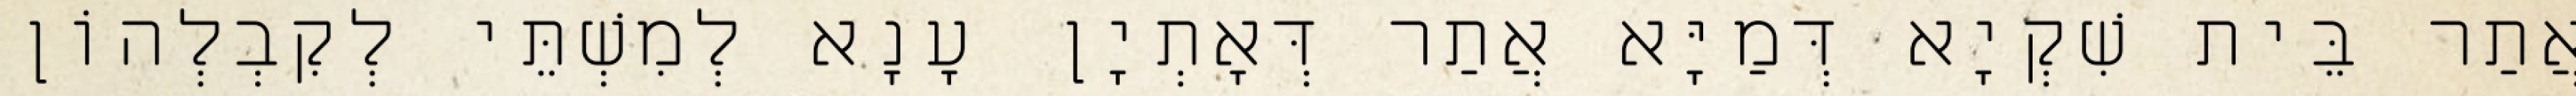
אֲתַר בֵּית שִׁקְיָא דְּמַיָּא אֲתַר דְּאָתְיָן עָנָא לְמִשְׁתֵּי לְקִבְלְהוֹן